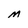
Character: M